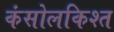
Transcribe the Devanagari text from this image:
कंसोलकिश्त